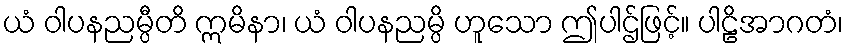
ယံ ဝါပနညမ္ပီတိ ဣမိနာ၊ ယံ ဝါပနညမ္ပိ ဟူသော ဤပါဌ်ဖြင့်။ ပါဠိအာဂတံ၊